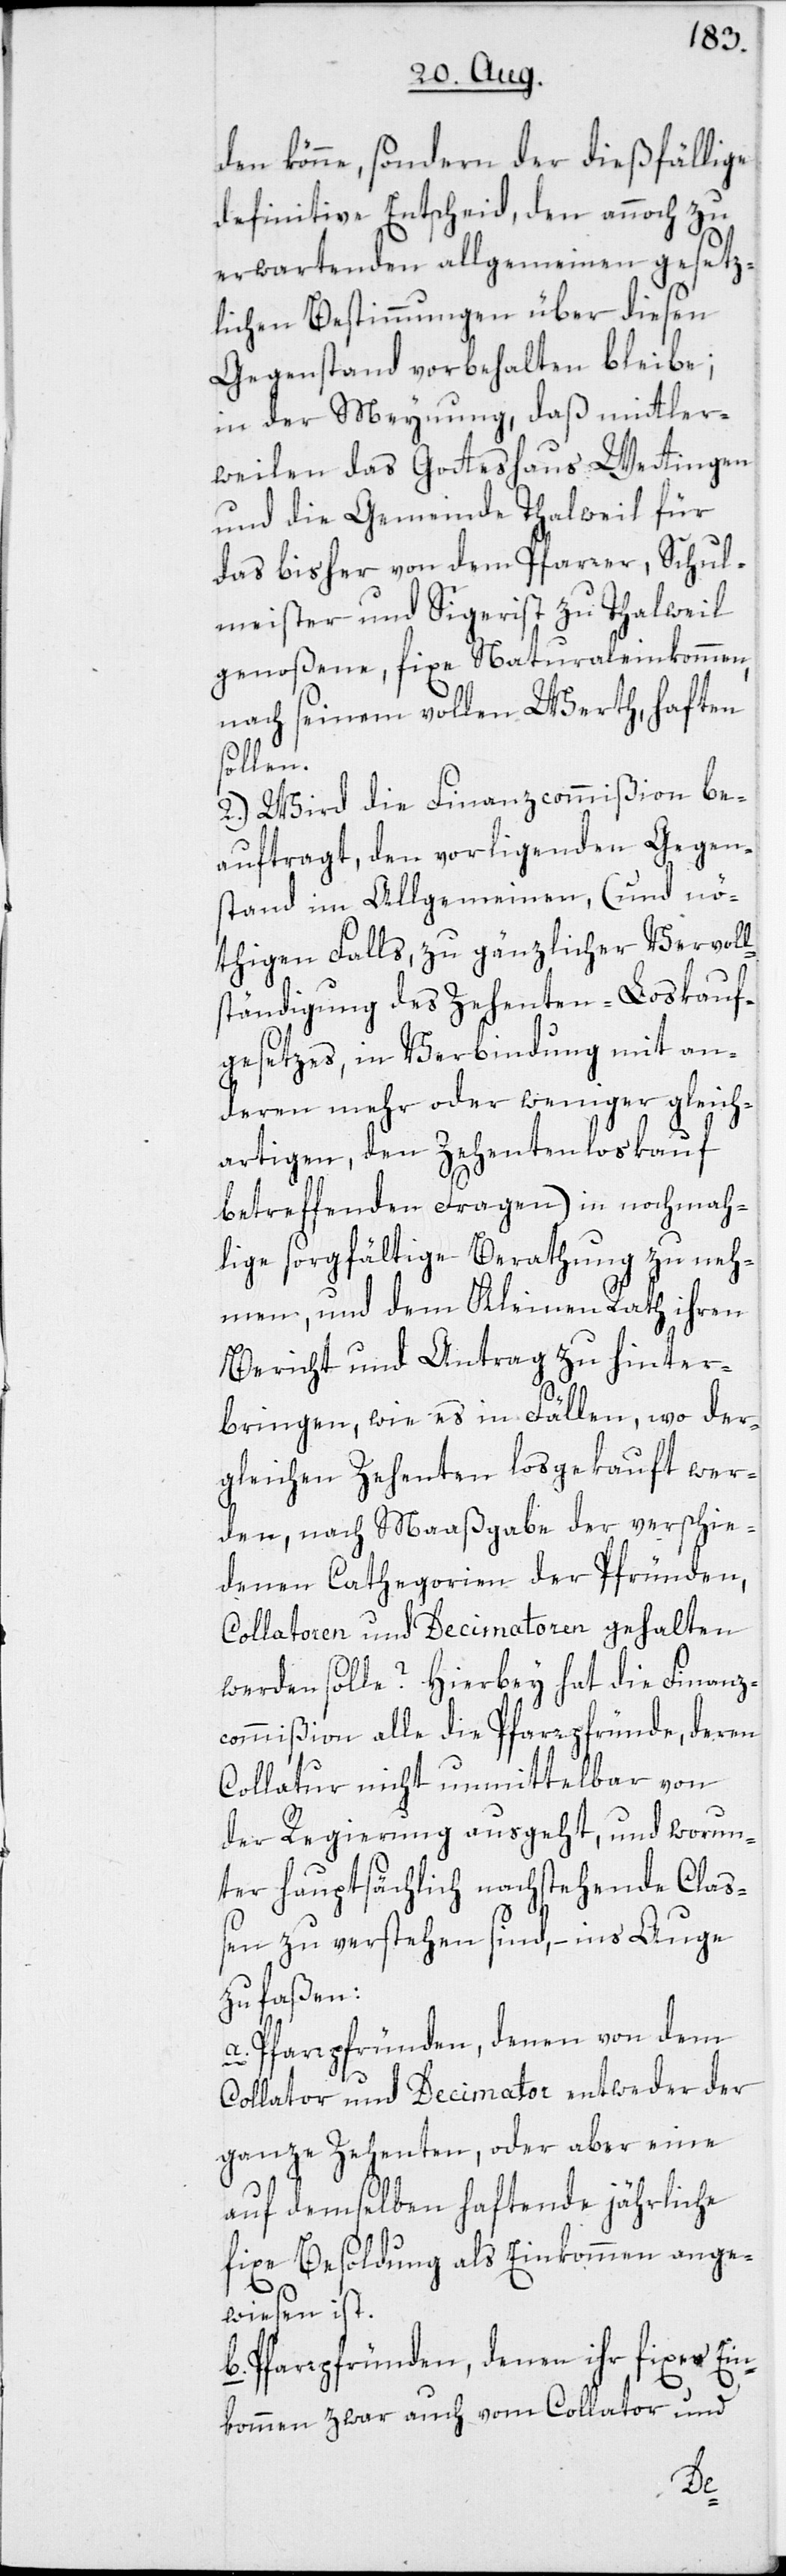
den könne, sondern der dießfällige
definitive Entscheid, den annoch zu
erwartenden allgemeinen gesetz¬
lichen Bestimmungen über diesen
Gegenstand vorbehalten bleibe;
in der Meynung, daß mittler¬
weilen das Gotteshaus Wettingen
und die Gemeinde Thalweil für
das bisher von dem Pfarrer, Schul¬
meister und Sigerist zu Thalweil
genoßene, fixe Naturaleinkommen,
nach seinem vollen Werth, haften
sollen.
2.) Wird die Finanzcommißion be¬
auftragt, den vorligenden Gegen¬
stand im Allgemeinen, (und nö¬
thigen Falls, zu gänzlicher Vervoll¬
ständigung des Zehenten-Loskauf¬
gesetzes, in Verbindung mit an¬
deren mehr oder weniger gleich¬
artigen, den Zehentenloskauf
b.
betreffenden Fragen) in nochmah¬
lige sorgfältige Berathung zu neh¬
men, und dem Kleinen Rath ihren
Bericht und Antrag zu hinter¬
bringen, wie es in Fällen, wo der¬
gleichen Zehenten losgekauft wer¬
den, nach Maaßgabe der verschie¬
denen Cathegorien der Pfründen,
Collatoren und Decimatoren gehalten
werden solle? Hierbey hat die Finanz¬
commißion alle die Pfarrpfründe, deren
Collatur nicht unmittelbar von
der Regierung ausgeht, und worun¬
ter hauptsächlich nachstehende Claß¬
en zu verstehen sind, – ins Auge
zu faßen:
a. Pfarrpfründen, denen von dem
Collator und Decimator entweder der
ganze Zehenten, oder aber eine
auf demselben haftende jährliche
fixe Besoldung als Einkommen ange¬
wiesen ist.
Pfarrpfründen, denen ihr fixes Ein¬
kommen zwar auch vom Collator und